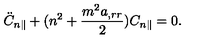
\ddot { C } _ { n \parallel } + ( n ^ { 2 } + \frac { m ^ { 2 } a _ { , r r } } { 2 } ) C _ { n \parallel } = 0 .